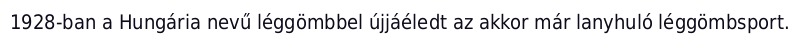
1928-ban a Hungária nevű léggömbbel újjáéledt az akkor már lanyhuló léggömbsport.